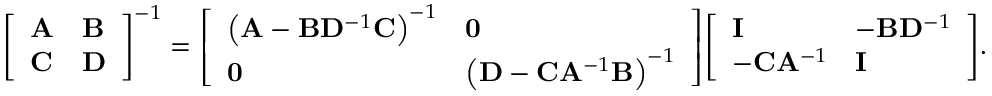
{ \left[ \begin{array} { l l } { \mathbf { A } } & { \mathbf { B } } \\ { \mathbf { C } } & { \mathbf { D } } \end{array} \right] } ^ { - 1 } = { \left[ \begin{array} { l l } { \left( \mathbf { A } - \mathbf { B } \mathbf { D } ^ { - 1 } \mathbf { C } \right) ^ { - 1 } } & { \mathbf { 0 } } \\ { \mathbf { 0 } } & { \left( \mathbf { D } - \mathbf { C } \mathbf { A } ^ { - 1 } \mathbf { B } \right) ^ { - 1 } } \end{array} \right] } { \left[ \begin{array} { l l } { \mathbf { I } } & { - \mathbf { B } \mathbf { D } ^ { - 1 } } \\ { - \mathbf { C } \mathbf { A } ^ { - 1 } } & { \mathbf { I } } \end{array} \right] } .